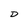
Character: D